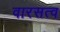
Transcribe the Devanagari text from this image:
वारसत्व